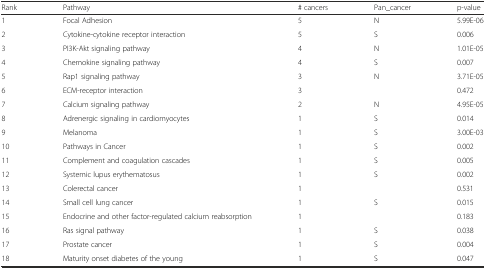
<table><thead><tr><td><b>Rank</b></td><td><b>Pathway</b></td><td><b># cancers</b></td><td><b>Pan_cancer</b></td><td><b>p-value</b></td></tr></thead><tbody><tr><td>1</td><td>Focal Adhesion</td><td>5</td><td>N</td><td>5.99E-06</td></tr><tr><td>2</td><td>Cytokine-cytokine receptor interaction</td><td>5</td><td>S</td><td>0.006</td></tr><tr><td>3</td><td>PI3K-Akt signaling pathway</td><td>4</td><td>N</td><td>1.01E-05</td></tr><tr><td>4</td><td>Chemokine signaling pathway</td><td>4</td><td>S</td><td>0.007</td></tr><tr><td>5</td><td>Rap1 signaling pathway</td><td>3</td><td>N</td><td>3.71E-05</td></tr><tr><td>6</td><td>ECM-receptor interaction</td><td>3</td><td></td><td>0.472</td></tr><tr><td>7</td><td>Calcium signaling pathway</td><td>2</td><td>N</td><td>4.95E-05</td></tr><tr><td>8</td><td>Adrenergic signaling in cardiomyocytes</td><td>1</td><td>S</td><td>0.014</td></tr><tr><td>9</td><td>Melanoma</td><td>1</td><td>S</td><td>3.00E-03</td></tr><tr><td>10</td><td>Pathways in Cancer</td><td>1</td><td>S</td><td>0.002</td></tr><tr><td>11</td><td>Complement and coagulation cascades</td><td>1</td><td>S</td><td>0.005</td></tr><tr><td>12</td><td>Systemic lupus erythematosus</td><td>1</td><td>S</td><td>0.002</td></tr><tr><td>13</td><td>Colerectal cancer</td><td>1</td><td></td><td>0.531</td></tr><tr><td>14</td><td>Small cell lung cancer</td><td>1</td><td>S</td><td>0.015</td></tr><tr><td>15</td><td>Endocrine and other factor-regulated calcium reabsorption</td><td>1</td><td></td><td>0.183</td></tr><tr><td>16</td><td>Ras signal pathway</td><td>1</td><td>S</td><td>0.038</td></tr><tr><td>17</td><td>Prostate cancer</td><td>1</td><td>S</td><td>0.004</td></tr><tr><td>18</td><td>Maturity onset diabetes of the young</td><td>1</td><td>S</td><td>0.047</td></tr></tbody></table>